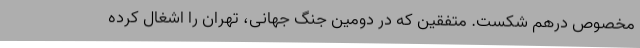
مخصوص درهم شکست. متفقین که در دومین جنگ جهانی، تهران را اشغال کرده